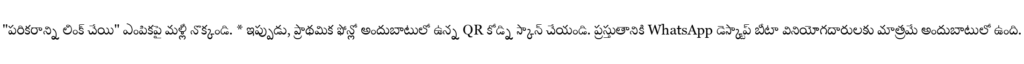
"పరికరాన్ని లింక్ చేయి" ఎంపికపై మళ్లీ నొక్కండి. * ఇప్పుడు, ప్రాథమిక ఫోన్లో అందుబాటులో ఉన్న QR కోడ్ని స్కాన్ చేయండి. ప్రస్తుతానికి WhatsApp డెస్క్టాప్ బీటా వినియోగదారులకు మాత్రమే అందుబాటులో ఉంది.